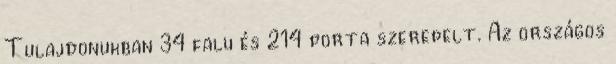
Tulajdonukban 34 falu és 214 porta szerepelt. Az országos